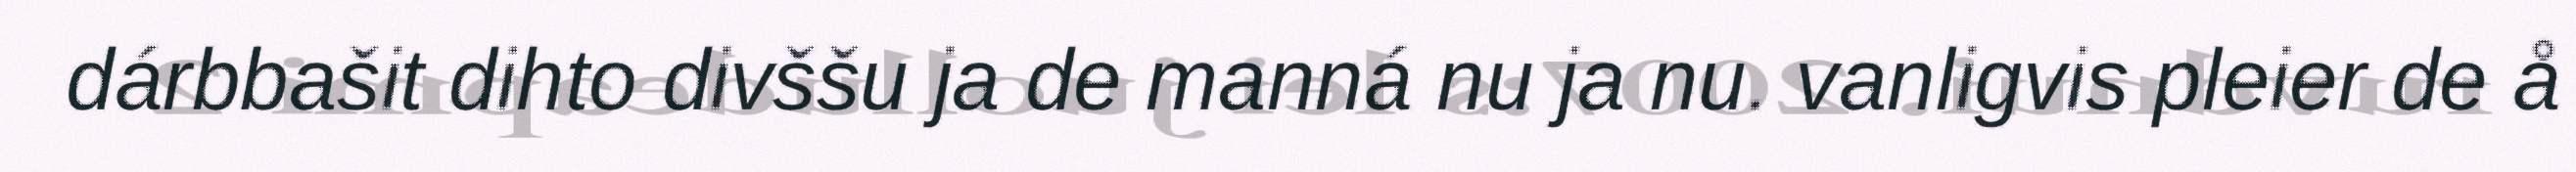
dárbbašit dihto divššu ja de manná nu ja nu. vanligvis pleier de å